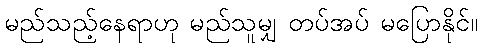
မည်သည့်နေရာဟု မည်သူမျှ တပ်အပ် မပြောနိုင်။